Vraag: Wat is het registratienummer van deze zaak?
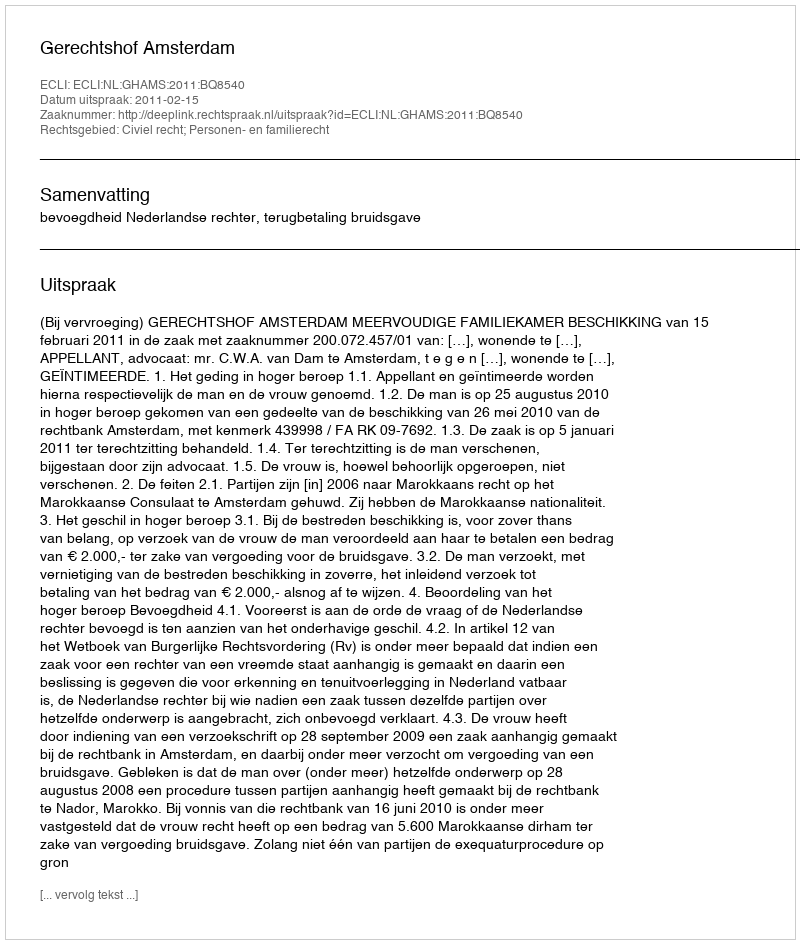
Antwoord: http://deeplink.rechtspraak.nl/uitspraak?id=ECLI:NL:GHAMS:2011:BQ8540